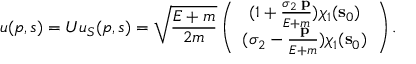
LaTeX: u ( p , s ) = U u _ { S } ( p , s ) = \sqrt { { \frac { E + m } { 2 m } } } \left( \begin{array} { c } { { ( 1 + { \frac { \sigma _ { 2 } { \bf \sigma p } } { E + m } } ) \chi _ { 1 } ( { \bf s } _ { 0 } ) } } \\ { { ( \sigma _ { 2 } - { \frac { \bf \sigma p } { E + m } } ) \chi _ { 1 } ( { \bf s } _ { 0 } ) } } \end{array} \right) .